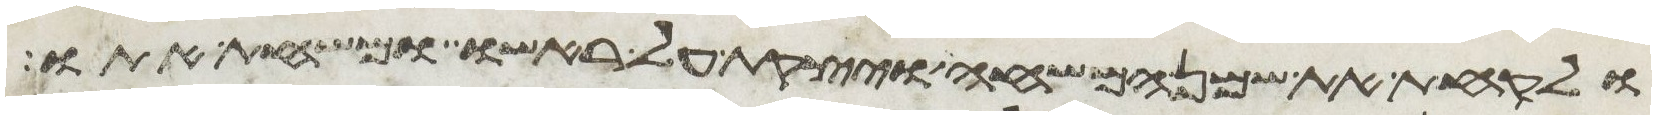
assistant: ולקחת את שמן המשחה ויצקת על ראשו ומשחת אתו